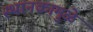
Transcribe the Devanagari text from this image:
स्थानकामुळे